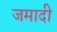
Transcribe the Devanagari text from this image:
जमादी